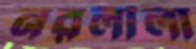
নরলীলা